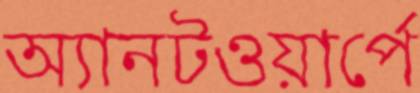
অ্যানটওয়ার্পে